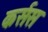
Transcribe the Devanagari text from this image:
कर्सस